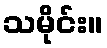
သမိုင်း။